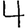
Digit: 4